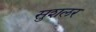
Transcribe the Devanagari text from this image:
सुशलर